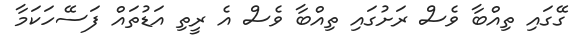
ގޭގައި ތިއްބާ ވެސް ރަށުގައި ތިއްބާ ވެސް އެ ރީތި އަޑުތައް ފަސޭހަކަމާ